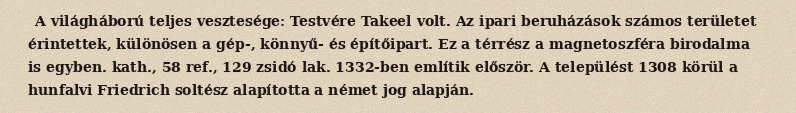
A világháború teljes vesztesége: Testvére Takeel volt. Az ipari beruházások számos területet érintettek, különösen a gép-, könnyű- és építőipart. Ez a térrész a magnetoszféra birodalma is egyben. kath., 58 ref., 129 zsidó lak. 1332-ben említik először. A települést 1308 körül a hunfalvi Friedrich soltész alapította a német jog alapján.